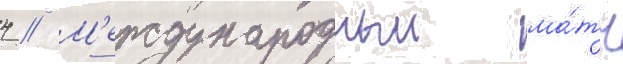
4 // М'еждународныи ма́тч